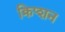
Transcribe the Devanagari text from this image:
क्रिप्शन